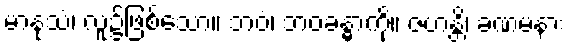
မာနုသံ၊ လူ၌ဖြစ်သော။ ဘဝံ၊ ဘဝခန္ဓာကို။ ဇဟန္တိ၊ ခဏမနား